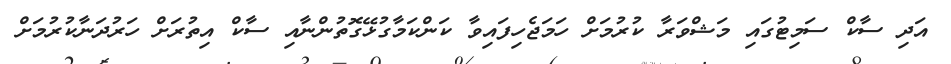
އަދި ސާކް ސަމިޓުގައި މަޝްވަރާ ކުރުމަށް ހަމަޖެހިފައިވާ ކަންކަމާގުޅޭގޮތުންނާއި ސާކް އިތުރަށް ހަރުދަނާކުރުމަށް